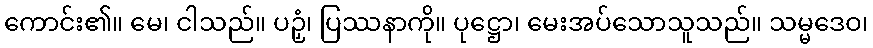
ကောင်း၏။ မေ၊ ငါသည်။ ပဉှံ၊ ပြဿနာကို။ ပုဋ္ဌော၊ မေးအပ်သောသူသည်။ သမ္မဒေဝ၊